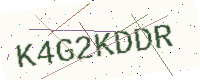
Text: K4G2KDDR